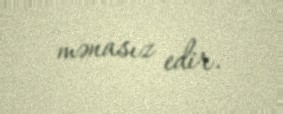
mənasız edir.